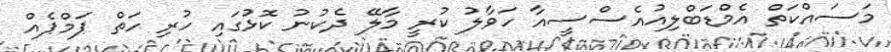
މަސައްކަތް އެމްޑަބްލިއުއެސްސީއާ ހަވާލު ކުރީ މާލޭ ދެކުނު ކޮޅުގައި ހުރި ހަތް ޕަމްޕެއް